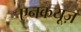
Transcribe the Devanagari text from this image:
एनकयूज़